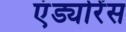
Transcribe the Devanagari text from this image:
एंड्योरेंस